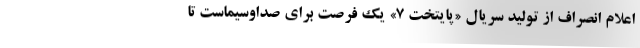
اعلام انصراف از تولید سریال «پایتخت ۷» یک فرصت برای صداوسیماست تا